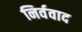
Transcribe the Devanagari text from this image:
निर्ववाद